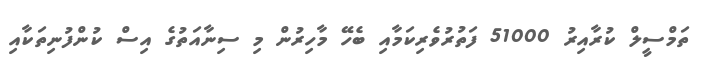
ތަމްސީލް ކުރާއިރު 51000 ފަތުރުވެރިކަމާއި ބެހޭ މާހިރުން މި ސިނާއަތުގެ އިސް ކުންފުނިތަކާއި